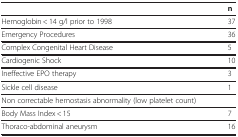
<table><thead><tr><td><b> </b></td><td><b>n</b></td></tr></thead><tbody><tr><td>Hemoglobin &lt; 14 g/l prior to 1998</td><td>37</td></tr><tr><td>Emergency Procedures</td><td>36</td></tr><tr><td>Complex Congenital Heart Disease</td><td>5</td></tr><tr><td>Cardiogenic Shock</td><td>10</td></tr><tr><td>Ineffective EPO therapy</td><td>3</td></tr><tr><td>Sickle cell disease</td><td>1</td></tr><tr><td>Non correctable hemostasis abnormality (low platelet count)</td><td> </td></tr><tr><td>Body Mass Index &lt; 15</td><td>7</td></tr><tr><td>Thoraco-abdominal aneurysm</td><td>16</td></tr></tbody></table>